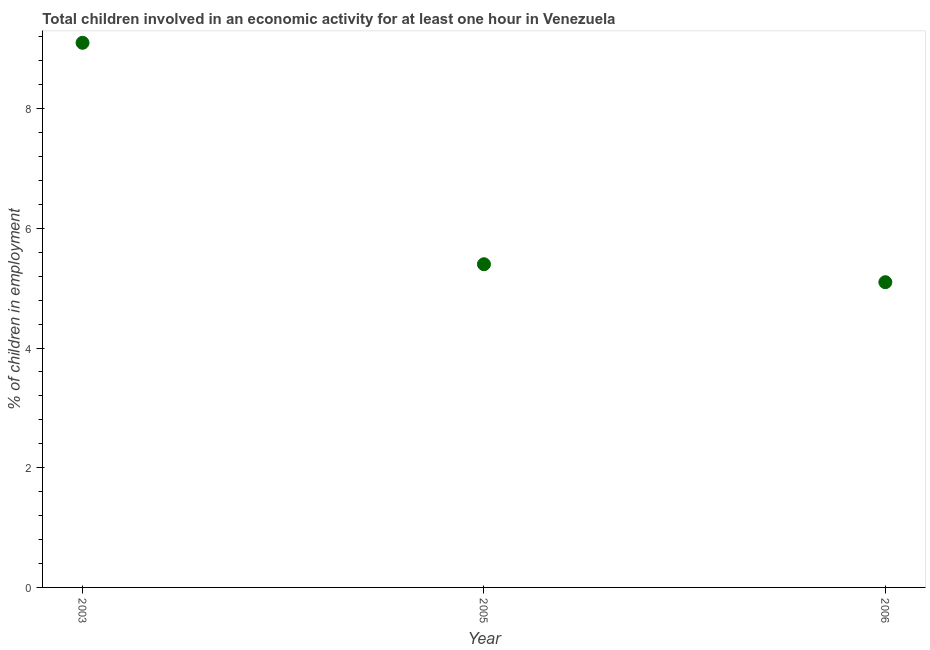
| Year | Children in employment |
 | --- | --- |
 | 2003 | 9.1 |
 | 2005 | 5.4 |
 | 2006 | 5.1 |